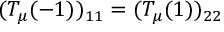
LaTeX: ( T _ { \mu } ( - 1 ) ) _ { 1 1 } = ( T _ { \mu } ( 1 ) ) _ { 2 2 }